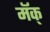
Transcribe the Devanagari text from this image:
मॅक्